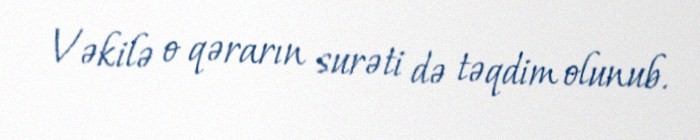
Vəkilə o qərarın surəti də təqdim olunub.